Vaccine operations Central Provinces 1900-1911 - 1900-1911
Year: 1900
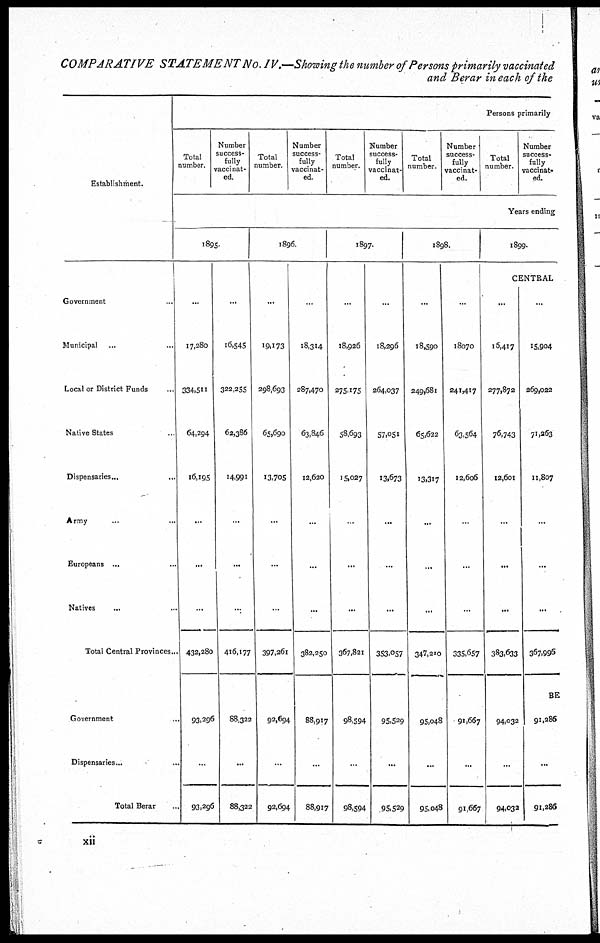
COMPARATIVE STATEMENT No. IV.—Showing the number of Persons primarily vaccinated
and Berar in each of the
Establishment.
Government ...
Municipal ...
Local or District Funds ...
Native States ...
Dispensaries ...
Army ... ...
Europeans ... ...
Natives
... ...
Total Central Provinces. ...
Government
...
Dispensaries ... ...
Total Berar ...
Persons primarily
Total
number.
Number
success-
fully
vaccinat¬
ed.
Total
number.
Number
success-
fully
vaccinat-
ed.
Total
number.
Number
success-
fully
vaccinat-
ed.
Total
number.
Number
success-
fully
vaccinat-
ed.
Total
number.
Number
success-
fully
vaccinat-
ed.
Years ending
1895.
...
17,280
334,511
64,294
16,195
...
...
...
432,280
93,296
...
93,296
...
16,545
322,255
62,386
14,991
...
...
...
416,177
88,322
...
88,322
1896.
...
19,173
298,693
65,690
13,705
...
...
...
397,261
92,694
...
92,694
...
18,314
287,470
63,846
12,620
...
...
...
382,250
88,917
...
88,917
1897.
...
18,926
275,175
58,693
15,027
...
...
...
367,821
98,594
...
98,594
...
18,296
264,037
57,051
13,673
...
...
...
353,057
95,529
...
95,529
1898.
...
18,590
249,681
65,622
13,317
...
...
...
347,210
95,048
...
95,048
...
18070
241,417
63,564
12,606
...
...
...
335,657
91,667
...
91,667
1899.
CENTRAL
...
16,417
277,872
76,743
12,601
...
...
...
383,633
94,032
...
94,032
...
15,904
269,022
71,263
11,807
...
...
...
367,996
BE
91,286
...
91,286
xii